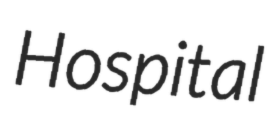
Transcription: Hospital